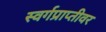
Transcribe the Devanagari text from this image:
स्वर्गप्राप्तीवर